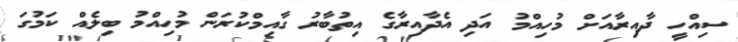
ސިއްހީ ދާއިރާއަށް މުހިއްމު އަދި އެދާއިރާގެ އިތުބާރު ގާއިމްކުރަން މުހިއްމު ބިލެއް ކަމުގަ